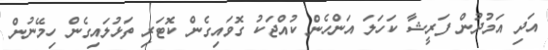
އަދި އަމުދުން ފަރީޝާ ކަހަލަ އަންހެން ކުއްޖަކު ގޮވައިގެން ކޮޓަރި ތަޅުލައިގެން ހިމޭނުން